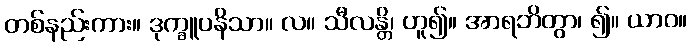
တစ်နည်းကား။ ဒုက္ခူပနိသာ။ လ။ သီလန္တိ၊ ဟူ၍။ အာရဘိတွာ၊ ၍။ ယာဝ။